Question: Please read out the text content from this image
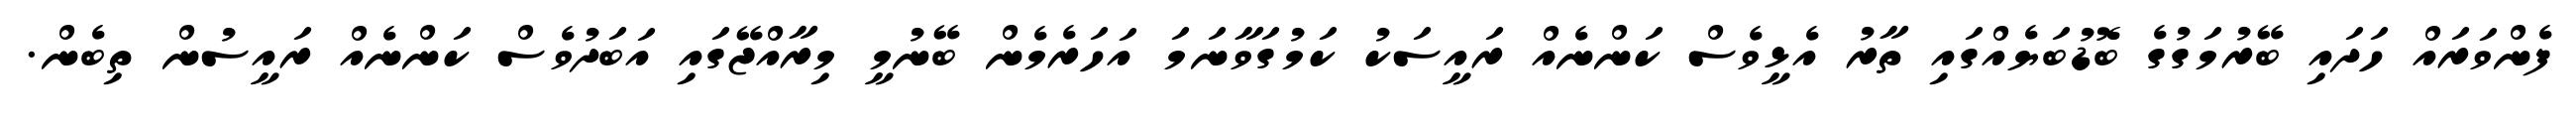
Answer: ފެންވަރައް ހަދައި ބޭރުމަގުގެ ބޮޑުބަޔެއްގައި ތާރު އެޅީވެސް ކަންނެއް ރައީސަކު ކަމުގަވާނަމަ އަހަރެމެން ބޭނުމީ މިރާއްޖޭގައި އަބަދުވެސް ކަންނެއް ރައީސުން ތިބެން.